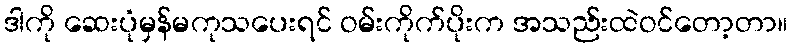
ဒါကို ဆေးပုံမှန်မကုသပေးရင် ဝမ်းကိုက်ပိုးက အသည်းထဲဝင်တော့တာ။